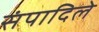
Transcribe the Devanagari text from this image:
संपादिले